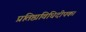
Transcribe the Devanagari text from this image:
प्रतिष्ठाविधिदीपक।